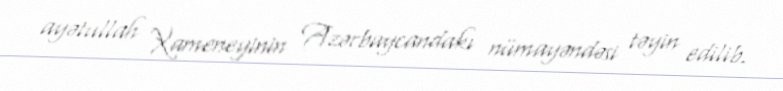
ayətullah Xameneyinin Azərbaycandakı nümayəndəsi təyin edilib.